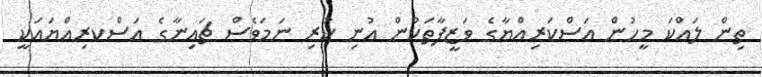
ތިން ލައްކަ މީހުން އަސްކަރިއްޔާގެ ވަޒީފާތަކުން އުނި ކުރި ނަމަވެސް ޗައިނާގެ އަސްކރިއްޔައަކީ